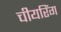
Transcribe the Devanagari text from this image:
चीयरिंग